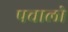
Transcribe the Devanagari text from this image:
पचालो